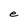
Character: e